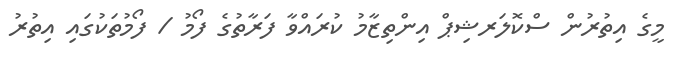
މީގެ އިތުރުން ސްކޮލަރޝިޕް އިންތިޒާމު ކުރައްވާ ފަރާތުގެ ފޯމު / ފޯމުތަކުގައި އިތުރު